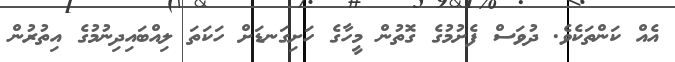
އެއް ކަންތަކެވެ. ދުވަސް ފެށުމުގެ ގޮތުން މީހާގެ ހަށިގަނޑަށް ހަކަތަ ލިއްބައިދިނުމުގެ އިތުރުން